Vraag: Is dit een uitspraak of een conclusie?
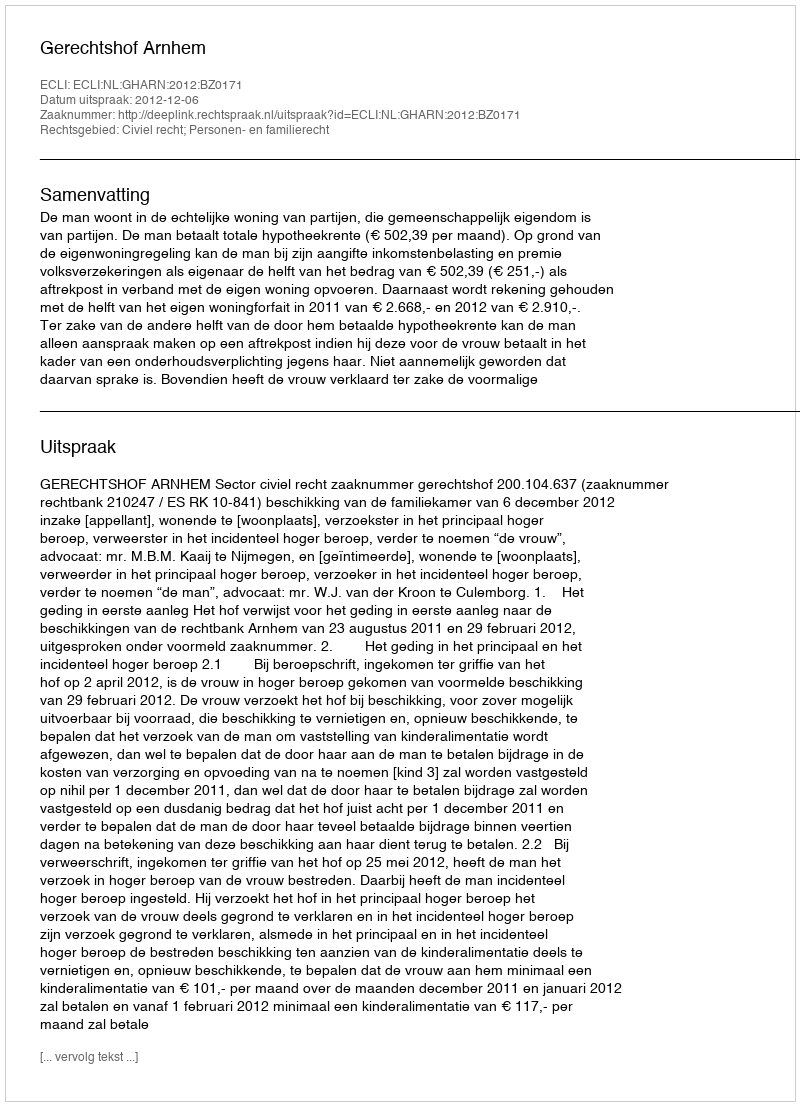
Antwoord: Uitspraak